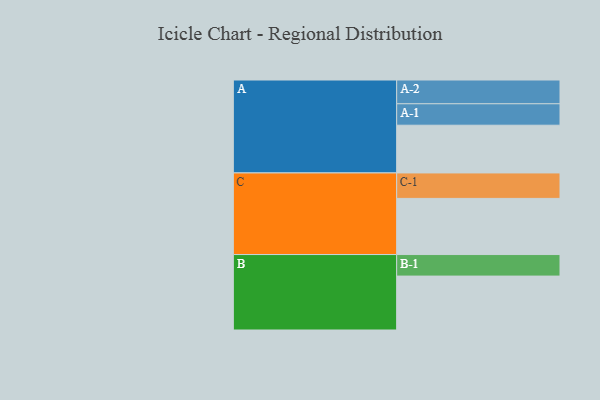
{"axis": {"x": "Segment", "y": "Value"}, "legend": ["", "A", "B", "C"], "data": [{"x": "A", "y": 510, "type": ""}, {"x": "B", "y": 576, "type": ""}, {"x": "C", "y": 600, "type": ""}, {"x": "A-1", "y": 229, "type": "A"}, {"x": "A-2", "y": 254, "type": "A"}, {"x": "B-1", "y": 230, "type": "B"}, {"x": "C-1", "y": 272, "type": "C"}]}